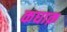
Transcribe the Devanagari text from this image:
कघाक़